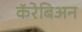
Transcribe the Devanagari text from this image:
कॅरेबिअन